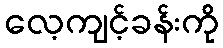
လေ့ကျင့်ခန်းကို